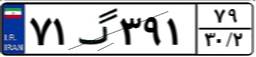
۹۳گ۱۱۳۱۲